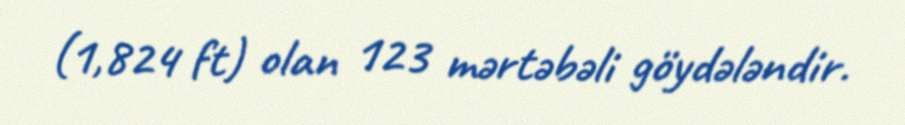
(1,824 ft) olan 123 mərtəbəli göydələndir.